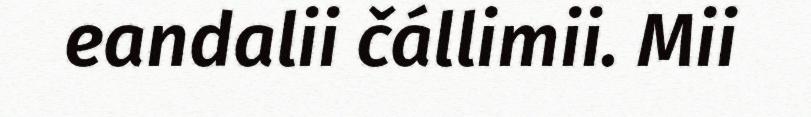
eandalii čállimii. Mii